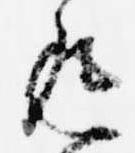
返